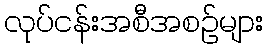
လုပ်ငန်းအစီအစဉ်များ